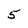
Character: 5